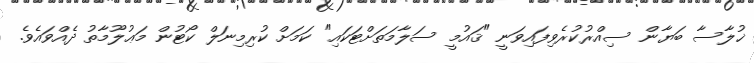
ޚުލާސާ ބަޔާން ސިއްރުކުރެވިފައިވަނީ "ޤައުމީ ސަލާމަތަށްޓަކައި" ކަމަށް ކުރިމިނަލް ކޯޓުން މަޢުލޫމާތު ދެއްވައެވެ.